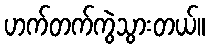
ဟက်တက်ကွဲသွားတယ်။